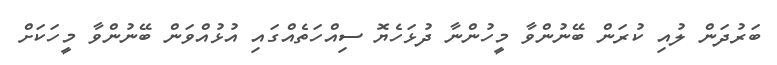
ބަރުދަން ލުއި ކުރަން ބޭނުންވާ މީހުންނާ ދުޅަހެޔޮ ސިއްހަތެއްގައި އުޅުއްވަން ބޭނުންވާ މީހަކަށް